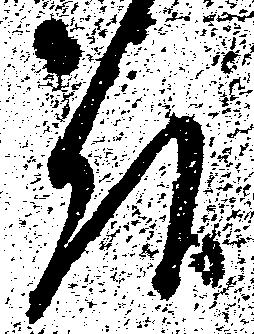
頭